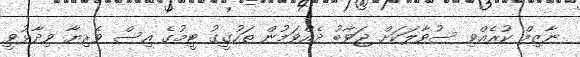
ނާޒިމް ކުރެއްވި ސުވާލަކަށް ޖަވާބު ދެއްވަމުން ތަހުގީގު ޓީމުގެ އިސް ވެރިޔާ ވިދާޅުވީ